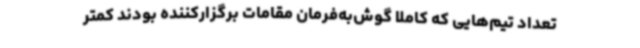
تعداد تیم‌هایی که کاملا گوش‌به‌فرمان مقامات برگزارکننده بودند کمتر